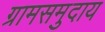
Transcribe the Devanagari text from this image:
ग्रामसमुदाय